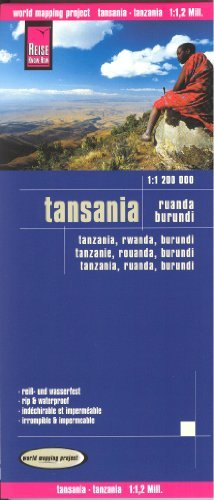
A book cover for Tanzania, Rwanda & Burundi waterproof map; Reise Knowhow; Travel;